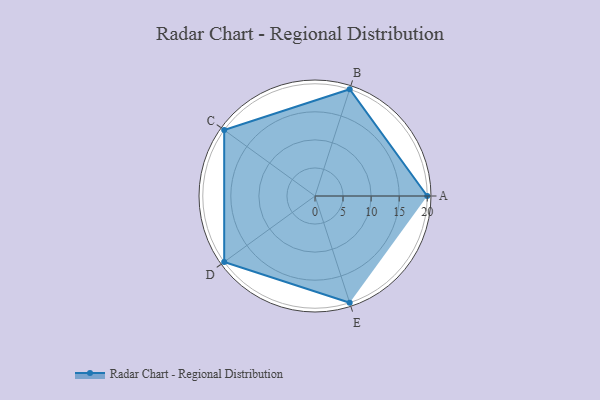
{"axis": {"x": "Skill", "y": "Score"}, "legend": ["Profile"], "data": [{"x": "A", "y": 20.0, "type": "Profile"}, {"x": "B", "y": 20, "type": "Profile"}, {"x": "C", "y": 20, "type": "Profile"}, {"x": "D", "y": 20, "type": "Profile"}, {"x": "E", "y": 20, "type": "Profile"}]}